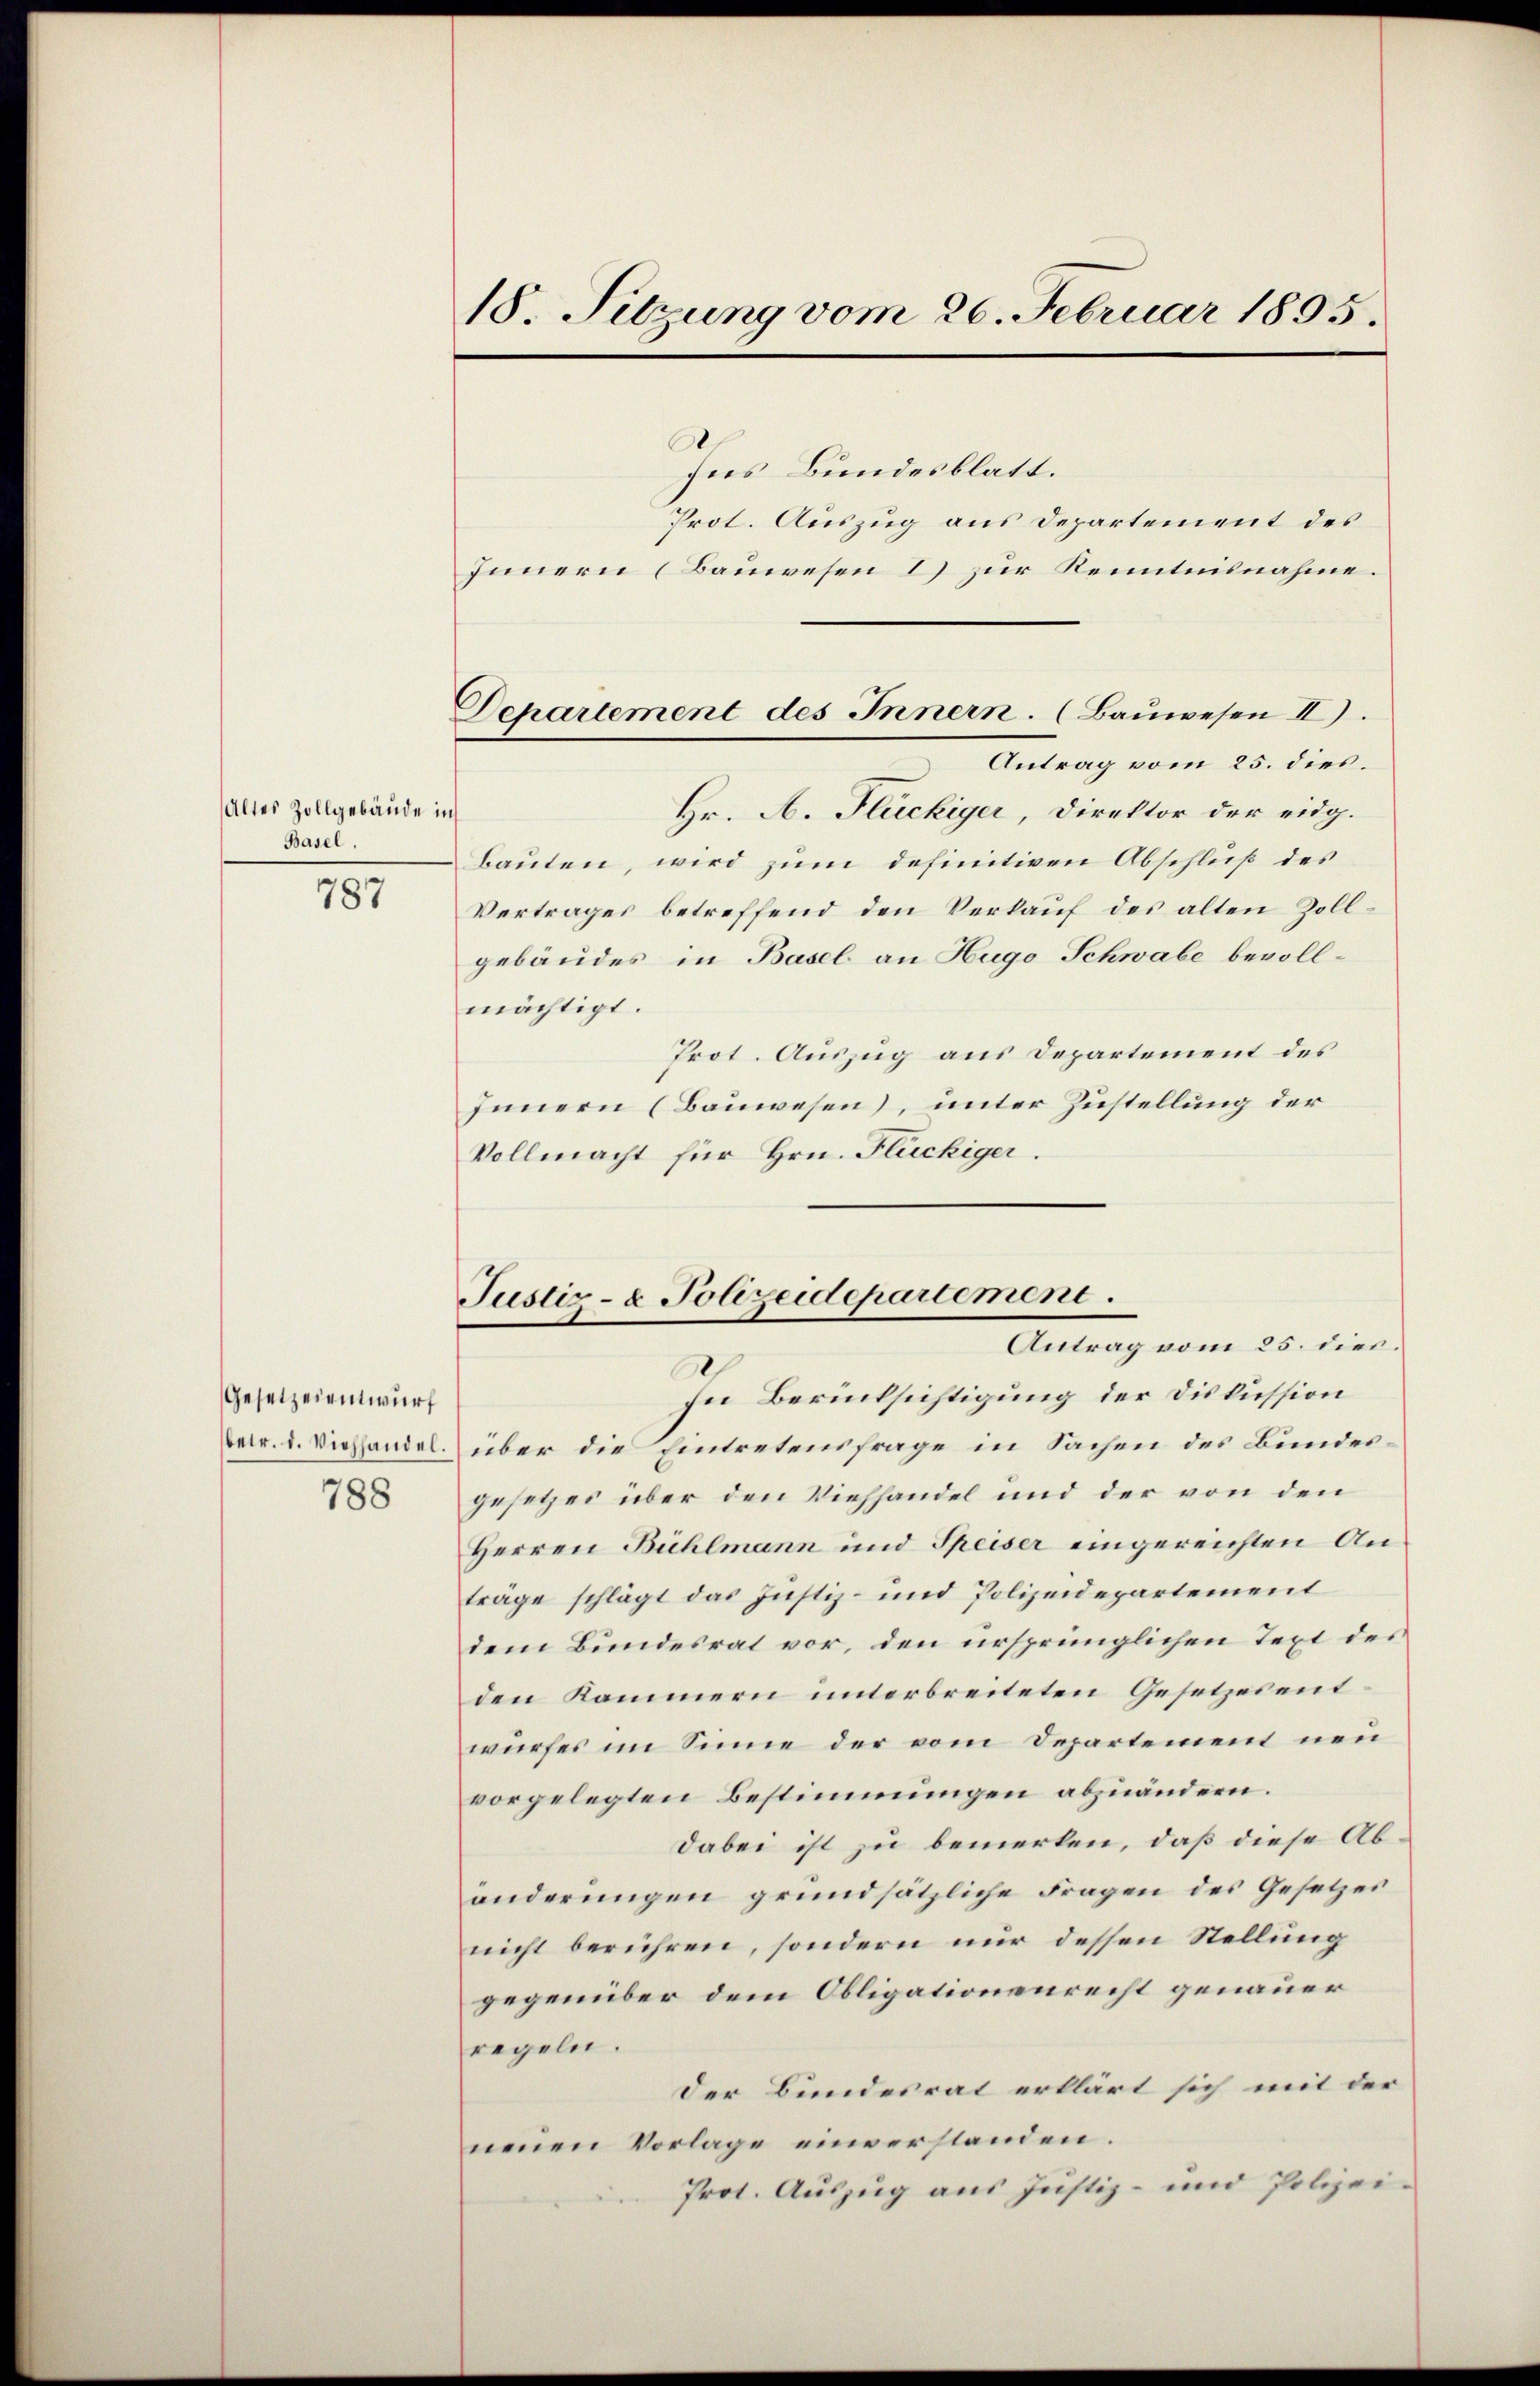
Altes Zollgebäude in
Basel.

787

Gesetzesentwurf
788

18. Sitzung vom 26. Februar 1895.

Departement des Innern. (Baŭwesen II).

Justiz- & Polizeidepartement.
Antrag vom 25. dies.

.
sees Bundesblatt.
Prot. Auszug aus Departement des
Innern (Bauwesen 2) zur Kenntnisnahme.
Antrag vom 25. dies.
Hr. A. Flückiger, Direktor der eidg.
bauten, wird zum definitiven Abschluß des
Vertrages betreffend den Verkauf des alten Zollgebäudes in Basel an Hugo Schwabe bevollmächtigt.
Prot. Auszug aus Departement des
Innern (Bauwesen), unter Zustellung der
Vollmacht für Hrn. Flückiger.

In Berücksichtigung der Diskussion
Berr. l. Viehhandel. über die Eintretensfrage in Sachen des Bundesgesetzes über den Viehhandel und der von den
Herren Bühlmann und Speiser eingereichten Anträge schlägt das Justiz- und Polizeidepartement
dem Bundesrat vor, den ursprünglichen Text des
den Kammern unterbreiteten Gesetzesentwurfes im Sinne der vom Departement neu
vorgelegten Bestimmungen abzuändern.
dabei ist zu bemerken, daß diese Abänderungen grundsätzliche Fragen des Gesetzes
nicht berühren, sondern nur dessen Stellung
gegenüber dem Obligationenrecht genauer
regeln.
Der Bundesrat erklärt sich mit der
neuen Vorlage einverstanden.
Prot. Auszug aus Justiz- und Polizei¬